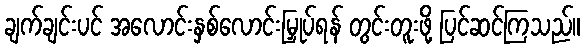
ချက်ချင်းပင် အလောင်းနှစ်လောင်းမြှုပ်ရန် တွင်းတူးဖို့ ပြင်ဆင်ကြသည်။